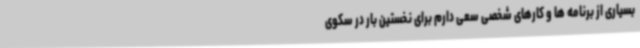
بسیاری از برنامه ها و کارهای شخصی سعی دارم برای نخستین بار در سکوی